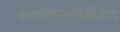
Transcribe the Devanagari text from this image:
बीटागैलेक्टोसीडेज